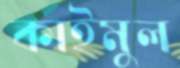
কাইমুল